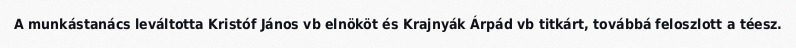
A munkástanács leváltotta Kristóf János vb elnököt és Krajnyák Árpád vb titkárt, továbbá feloszlott a téesz.